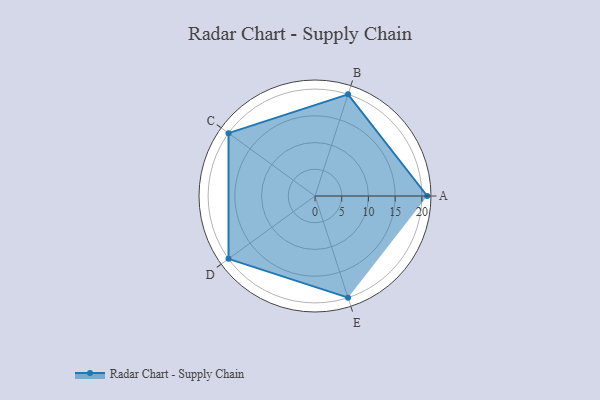
{"axis": {"x": "Skill", "y": "Score"}, "legend": ["Profile"], "data": [{"x": "A", "y": 21.0, "type": "Profile"}, {"x": "B", "y": 20, "type": "Profile"}, {"x": "C", "y": 20, "type": "Profile"}, {"x": "D", "y": 20, "type": "Profile"}, {"x": "E", "y": 20, "type": "Profile"}]}